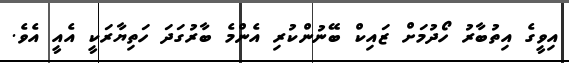
އިވީގެ އިތުބާރު ހޯދުމަށް ޒައިކް ބޭނުންކުރި އެންމެ ބާރުގަދަ ހަތިޔާރަކީ އެއީ އެވެ.